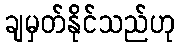
ချမှတ်နိုင်သည်ဟု